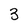
Character: 3